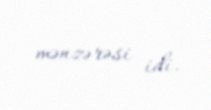
mənzərəsi idi.